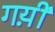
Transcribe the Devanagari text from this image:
गय़ीं